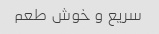
سریع و خوش طعم